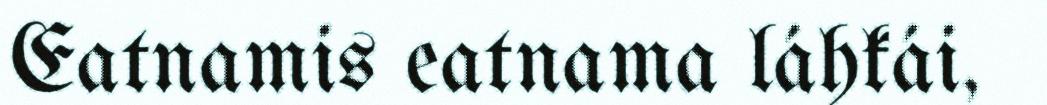
Eatnamis eatnama láhkái,